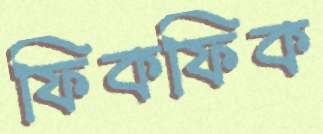
ফিকফিক